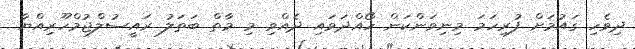
ދިވެހި ގައުމަށް ފުރިހަމަ މިނިވަންކަން ހޯއްދަވައި ދެއްވި މި މާތް ބަތަލު ރައީސުލްޖުމްހޫރިއްޔާ